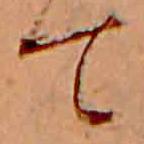
て